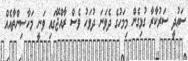
ސަޢުދީ ސަރުކާރާ ގުޅިގެން މިމަހުގެ ދެވަނަ ދުވަހު ވެސް ރާއްޖޭގައި ވަނީ މަހާސިންތާއެއް